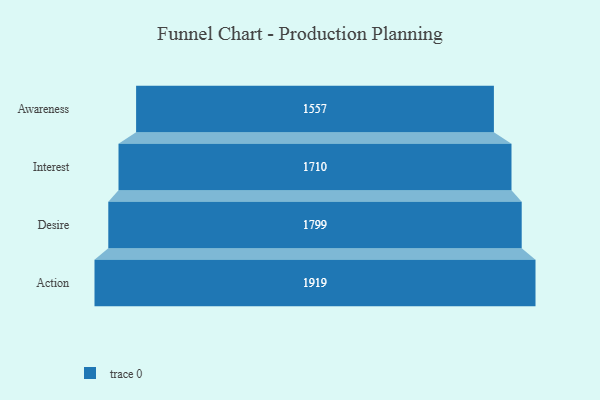
{"axis": {"x": "Stage", "y": "Value"}, "legend": [""], "data": [{"x": "Awareness", "y": 1557.0, "type": ""}, {"x": "Interest", "y": 1710.0, "type": ""}, {"x": "Desire", "y": 1799.0, "type": ""}, {"x": "Action", "y": 1919.0, "type": ""}]}